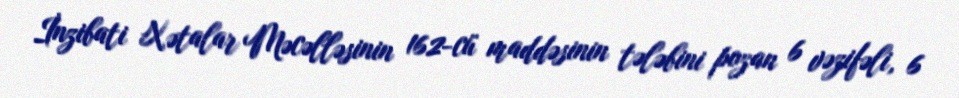
İnzibati Xətalar Məcəlləsinin 162-cü maddəsinin tələbini pozan 6 vəzifəli, 6